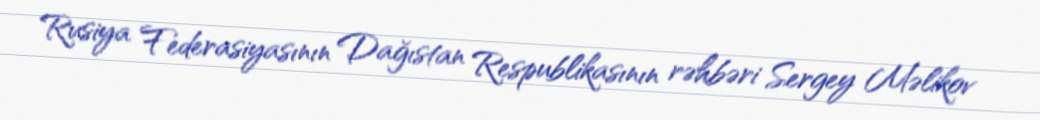
Rusiya Federasiyasının Dağıstan Respublikasının rəhbəri Sergey Məlikov